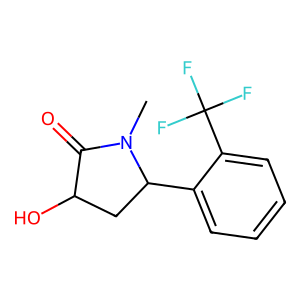
SMILES: CN1C(=O)C(O)CC1c1ccccc1C(F)(F)F
Inhibits HIV replication: No